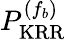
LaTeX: P_{\mathrm{KRR}}^{(f_{b})}